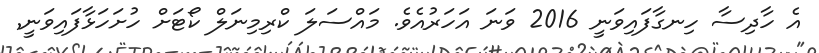
އެ ހާދިސާ ހިނގާފައިވަނީ 2016 ވަނަ އަހަރުއެވެ. މައްސަލަ ކްރިމިނަލް ކޯޓަށް ހުށަހަޅާފައިވަނީ